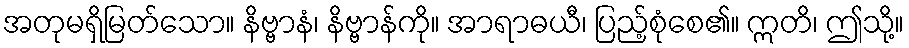
အတုမရှိမြတ်သော။ နိဗ္ဗာနံ၊ နိဗ္ဗာန်ကို။ အာရာဓယီ၊ ပြည့်စုံစေ၏။ ဣတိ၊ ဤသို့။